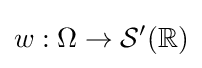
w:\Omega \to {\mathcal {S}}'(\mathbb {R} )